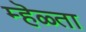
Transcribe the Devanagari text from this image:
म्हॆळ्ता